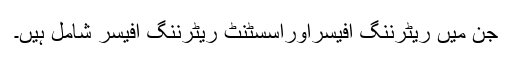
جن میں ریٹرننگ آفیسراوراسسٹنٹ ریٹرننگ آفیسر شامل ہیں۔